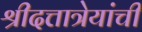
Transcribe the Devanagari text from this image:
श्रीदत्तात्रेयांची